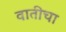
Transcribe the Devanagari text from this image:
वातीचा